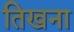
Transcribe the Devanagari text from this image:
तिखना